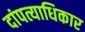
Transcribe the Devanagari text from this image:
दांपत्याधिकार